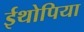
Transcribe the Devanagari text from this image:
ईथोपिया